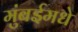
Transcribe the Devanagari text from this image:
मुंबईमधे